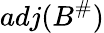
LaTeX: adj(B^{\# })